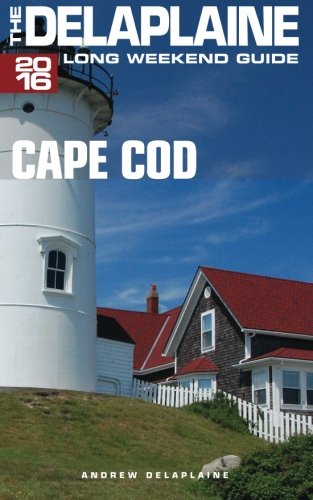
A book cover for CAPE COD - The Delaplaine 2016 Long Weekend Guide (Long Weekend Guides); Andrew Delaplaine; Travel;